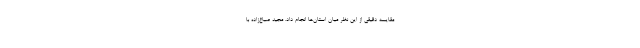
مقایسه دقیقی از این نظر میان استان‌ها انجام داد. مجید صباغ‌زاده با